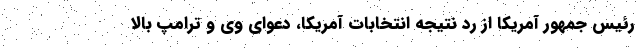
رئیس جمهور آمریکا از رد نتیجه انتخابات آمریکا، دعوای وی و ترامپ بالا